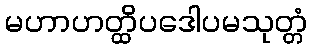
မဟာဟတ္ထိပဒေါပမသုတ္တံ